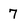
Character: 7